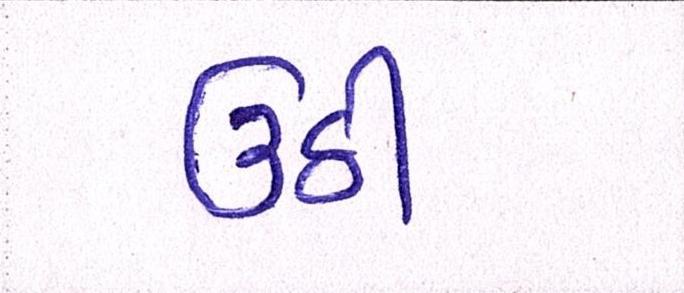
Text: ઉઠી